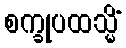
စက္ခုပထသ္မိံ